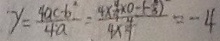
y = \frac { 4 a c - b ^ { 2 } } { 4 a } = \frac { 4 \times \frac { 4 } { 9 } \times 0 - ( - \frac { 2 } { 3 } ) } { 4 \times \frac { 4 } { 9 } } = - 4